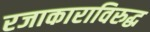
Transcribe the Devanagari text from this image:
रजाकाराविरुद्ध